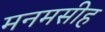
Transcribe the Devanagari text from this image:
मनमसीह